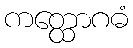
ကတ္ထောဂဓံ